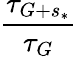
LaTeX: \frac{\tau_{G+s_{*}}}{\tau_{G}}